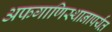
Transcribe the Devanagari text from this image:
अफगाणिस्थानापर्यंत